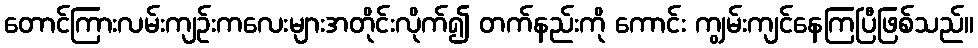
တောင်ကြားလမ်းကျဉ်းကလေးများအတိုင်းလိုက်၍ တက်နည်းကို ကောင်း ကျွမ်းကျင်နေကြပြီဖြစ်သည်။